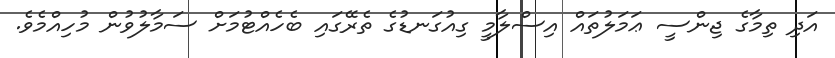
އަދި ތިމާގެ ޖިންސީ ޢަމަލުތައް އިސްލާމީ ގިއުގަނޑުގެ ތެރޭގައި ބެހެއްޓުމަށް ސަމާލުވުން މުހިއްމެވެ.